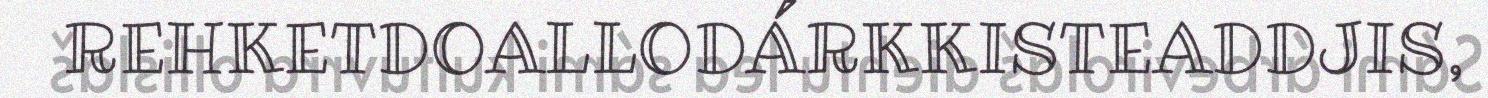
REHKETDOALLODÁRKKISTEADDJIS,